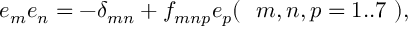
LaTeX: e _ { m } e _ { n } = - \delta _ { m n } + f _ { m n p } e _ { p } ( ~ { \ m , n , p = 1 . . 7 } ~ ) ,